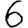
Digit: 6